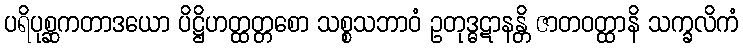
ပရိပုစ္ဆကတာဒယော ပိဋ္ဌိဟတ္ထတ္တစော သစ္စသဘာဝံ ဥတုဒ္ဓဋာနန္တိ ဇာတဝတ္ထာနိ သက္ခလိကံ